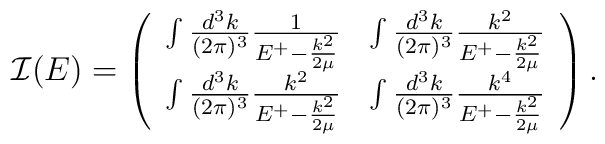
{\bf {\cal I}}(E)=\left( \begin{array}{cc} \int \frac{d^3k}{(2 \pi)^3} \frac{1}{E^+ - \frac{k^2}{2 \mu}} & \int \frac{d^3k}{(2 \pi)^3} \frac{k^2}{E^+ - \frac{k^2}{2 \mu}}\\\int \frac{d^3k}{(2 \pi)^3} \frac{k^2}{E^+ - \frac{k^2}{2 \mu}} & \int \frac{d^3k}{(2 \pi)^3} \frac{k^4}{E^+ - \frac{k^2}{2 \mu}}\end{array} \right).